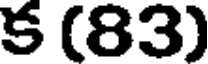
క (63)